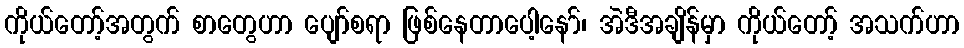
ကိုယ်တော့်အတွက် စာတွေဟာ ပျော်စရာ ဖြစ်နေတာပေါ့နော်၊ အဲဒီအချိန်မှာ ကိုယ်တော့် အသက်ဟာ